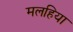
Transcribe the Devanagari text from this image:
मलहिया